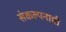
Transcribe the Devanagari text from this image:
संकल्पनाची